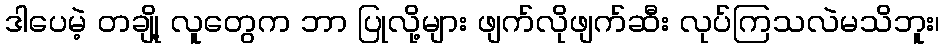
ဒါပေမဲ့ တချို့ လူတွေက ဘာ ပြုလို့များ ဖျက်လိုဖျက်ဆီး လုပ်ကြသလဲမသိဘူး၊